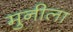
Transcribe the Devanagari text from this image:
मुनीला